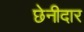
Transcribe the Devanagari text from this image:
छेनीदार